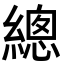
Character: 總